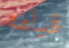
قيامه